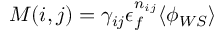
M ( i , j ) = \gamma _ { i j } \epsilon _ { f } ^ { n _ { i j } } \langle \phi _ { W S } \rangle